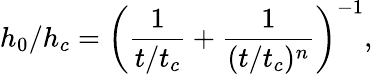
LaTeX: h_{0}/h_{c}=\left(\frac{1}{t/t_{c}}+\frac{1}{(t/t_{c})^{n}}\right)^{-1},